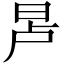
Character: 𬀭